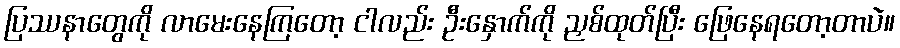
ပြဿနာတွေကို လာမေးနေကြတော့ ငါလည်း ဦးနှောက်ကို ညှစ်ထုတ်ပြီး ဖြေနေရတော့တာပဲ။